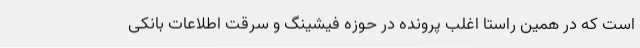
است که در همین راستا اغلب پرونده در حوزه فیشینگ و سرقت اطلاعات بانکی